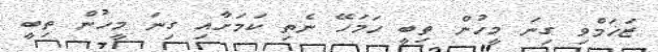
ޒަޚަމްވި ގިނަ މީހުން ތިބީ ހަމަހޭ ނެތި ކަމަށާއި ގިނަ މީހުން ތިބީ